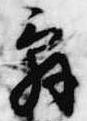
辞